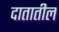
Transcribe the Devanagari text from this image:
दातातील